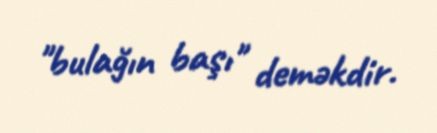
"bulağın başı" deməkdir.